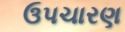
ઉપચારણ